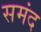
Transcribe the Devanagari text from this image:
समंद